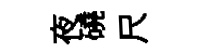
夜磽尺